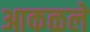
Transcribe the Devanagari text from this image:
आकळले